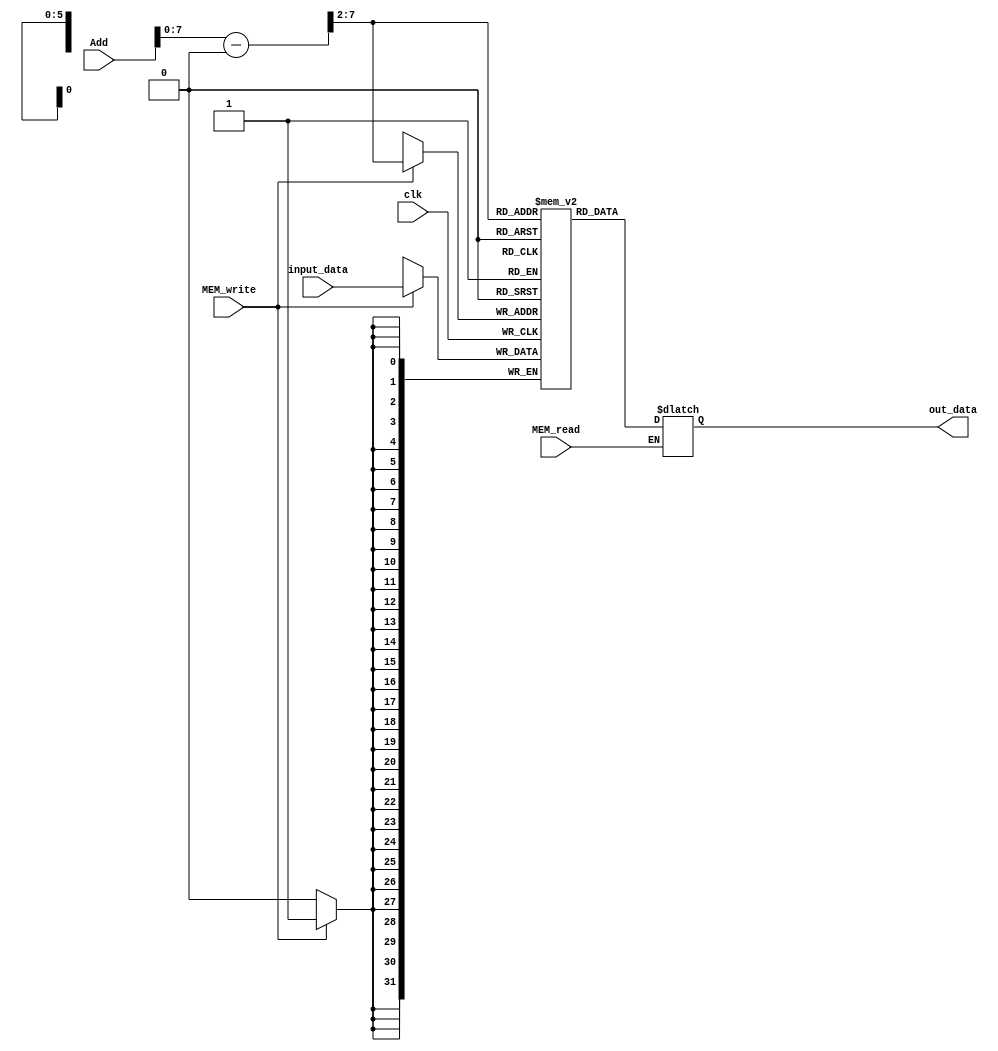
module Data_Memory(clk, Add, input_data, MEM_read, MEM_write, out_data);
  input clk, MEM_read, MEM_write;
  input [31:0] Add, input_data;
  output reg [31:0] out_data;

  wire [31:0] temp_addr  = Add - 32'd1024;
  wire [31:0] real_addr = {2'd0, temp_addr[31:2]};

  reg [31:0] memory [0:63];

  integer i; 
  initial begin
    for(i = 0 ; i < 64 ; i = i + 1)
	    memory[i] = 32'd0; 	
  end

  always @ (posedge clk) begin
    if(MEM_write)begin
      memory[real_addr] <= input_data;
    end
  end

  always @ (MEM_read, real_addr) begin
    if(MEM_read) begin 
      out_data = memory[real_addr];
    end
  end

endmodule